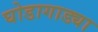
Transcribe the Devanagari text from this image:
घोडागाड्या